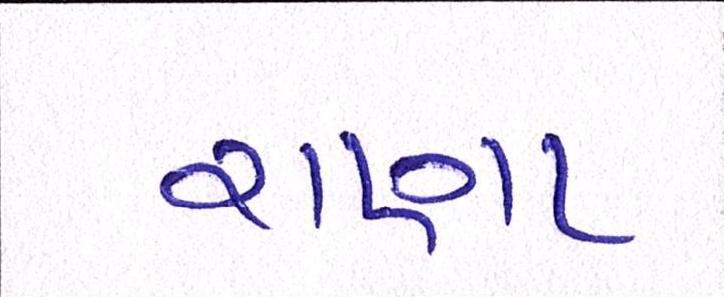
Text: રાણા